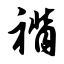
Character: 褙